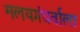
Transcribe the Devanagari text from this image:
मलयगंधर्वाला